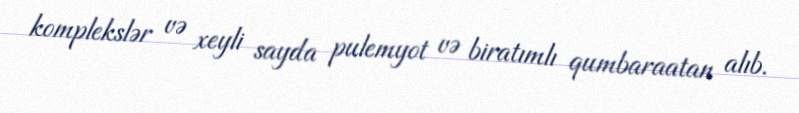
komplekslər və xeyli sayda pulemyot və biratımlı qumbaraatan alıb.